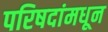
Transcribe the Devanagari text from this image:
परिषदांमधून